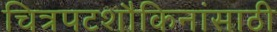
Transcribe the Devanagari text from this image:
चित्रपटशौकिनांसाठी